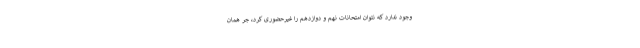
وجود ندارد که نتوان امتحانات نهم و دوازدهم را غیرحضوری کرد، جر همان